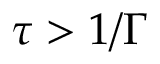
\tau > 1 / \Gamma